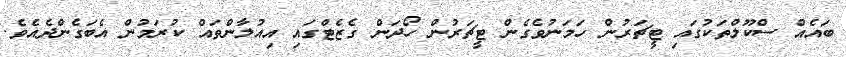
ބައެއް ސްކޫލްތަކުގައި ޓީޗަރުން ހަމަނުވެގެން ޓީޗަރުން ހޯދަން ގެޒެޓްގައި އިއުލާންތައް ކުރަމުން އެބަގެންދެއެވެ.